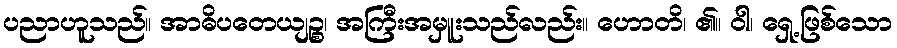
ပညာဟူသည်။ အာဓိပတေယျဉ္စ၊ အကြီးအမှူးသည်လည်း။ ဟောတိ၊ ၏။ ဝါ၊ ရှေ့ဖြစ်သော